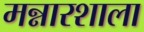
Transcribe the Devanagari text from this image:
मन्नारशाला